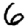
Digit: 6